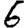
Digit: 6